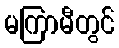
မကြာမီတွင်